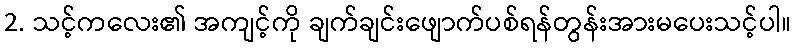
2. သင့်ကလေး၏ အကျင့်ကို ချက်ချင်းဖျောက်ပစ်ရန်တွန်းအားမပေးသင့်ပါ။